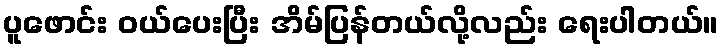
ပူဖောင်း ဝယ်ပေးပြီး အိမ်ပြန်တယ်လို့လည်း ရေးပါတယ်။